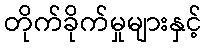
တိုက်ခိုက်မှုများနှင့်